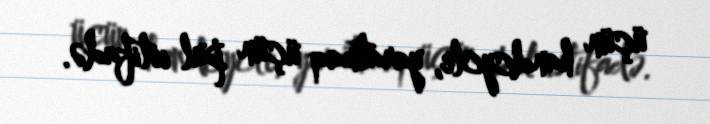
üçün handcycle, yaratmaq üçün pul istifadə.